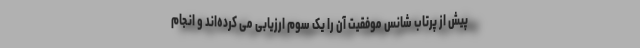
پیش از پرتاب شانس موفقیت آن را یک سوم ارزیابی می کرده‌اند و انجام